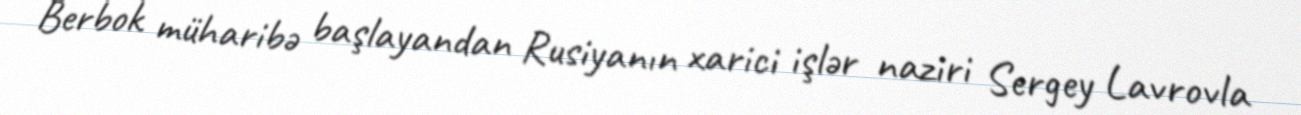
Berbok müharibə başlayandan Rusiyanın xarici işlər naziri Sergey Lavrovla